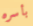
بأسره